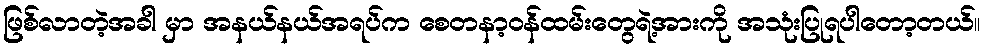
ဖြစ်လာတဲ့အခါ မှာ အနယ်နယ်အရပ်က စေတနာ့ဝန်ထမ်းတွေရဲ့အားကို အသုံးပြုရပါတော့တယ်။